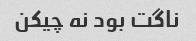
ناگت بود نه چیکن